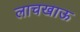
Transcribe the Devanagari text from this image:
लाचखाऊ